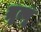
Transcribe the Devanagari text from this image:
म्रृत्यू